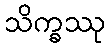
သိက္ခဿု